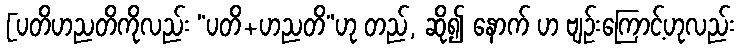
[ပတိဟညတိကိုလည်း “ပတိ+ဟညတိ”ဟု တည်, ဆို၍ နောက် ဟ ဗျဉ်းကြောင့်ဟုလည်း